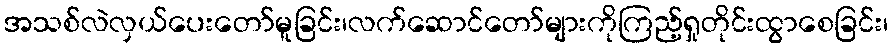
အသစ်လဲလှယ်ပေးတော်မူခြင်း၊လက်ဆောင်တော်များကိုကြည့်ရှုတိုင်းထွာစေခြင်း၊